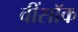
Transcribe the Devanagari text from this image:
वींसॉक